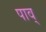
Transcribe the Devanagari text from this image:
पाव्